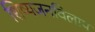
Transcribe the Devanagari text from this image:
शिष्यजनविलाप